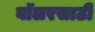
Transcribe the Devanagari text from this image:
बॉलरसाठी